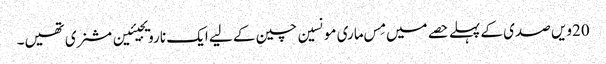
20ویں صدی کے پہلے حصے میں مِس ماری مونسین چین کے لیے ایک نارویجیئین مشنری تھیں۔